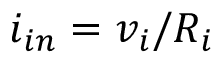
i _ { i n } = v _ { i } / R _ { i }